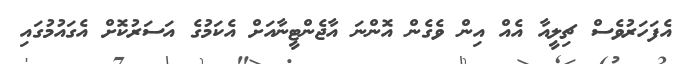
އެފަހަރުވެސް ޗިލީއާ އެއް އިން ވެގެން އޮންނަ އާޖެންޓީނާއަށް އެކަމުގެ އަސަރުކޮށް އެގައުމުގައި